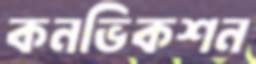
কনভিকশন